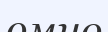
өмно